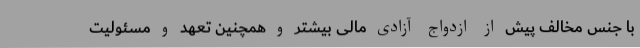
با جنس مخالف پیش از ازدواج آزادی مالی بیشتر و همچنین تعهد و مسئولیت